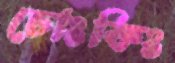
চোংকিং